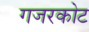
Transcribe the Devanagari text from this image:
गजरकोट